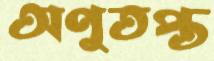
অণুতপ্ত